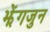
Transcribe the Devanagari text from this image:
झेंगजुन